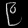
Digit: ၉